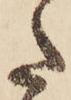
た